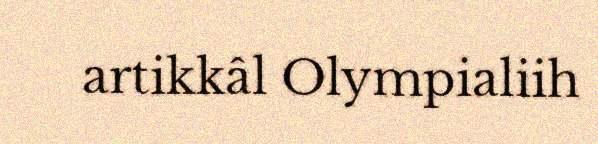
artikkâl Olympialiih